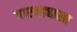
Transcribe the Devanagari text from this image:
गारवड्याला